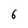
Character: 6